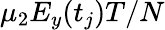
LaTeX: \mu_{2}E_{y}(t_{j})T/N